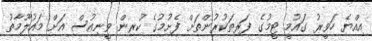
އިއްޔެ ހަވީރު ގައުމީ ޓީމުގެ ފަރިތަކުރުންތަށް ފެށުމުގެ ކުރިން ވީނިއުސް އަށް މައުލޫމާތު